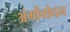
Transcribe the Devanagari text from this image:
अंगोंच्छेदन